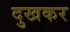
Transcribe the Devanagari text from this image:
दुखकर